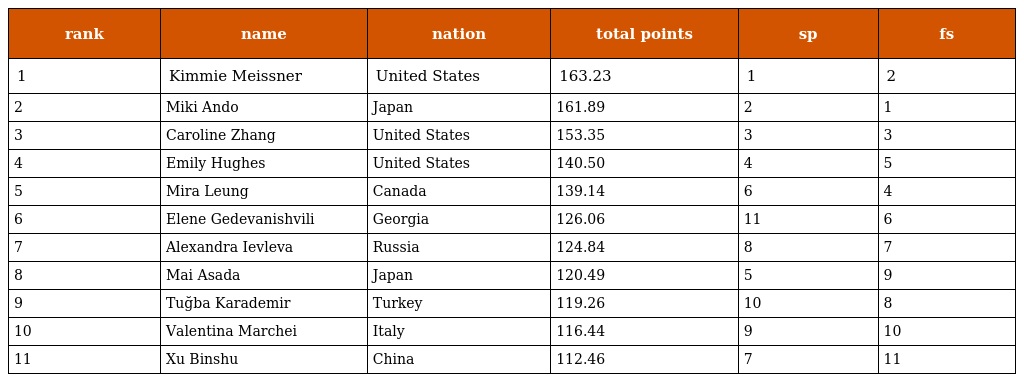
| rank | name | nation | total points | sp | fs |
 | --- | --- | --- | --- | --- | --- |
 | 1 | Kimmie Meissner | United States | 163.23 | 1 | 2 |
 | 2 | Miki Ando | Japan | 161.89 | 2 | 1 |
 | 3 | Caroline Zhang | United States | 153.35 | 3 | 3 |
 | 4 | Emily Hughes | United States | 140.50 | 4 | 5 |
 | 5 | Mira Leung | Canada | 139.14 | 6 | 4 |
 | 6 | Elene Gedevanishvili | Georgia | 126.06 | 11 | 6 |
 | 7 | Alexandra Ievleva | Russia | 124.84 | 8 | 7 |
 | 8 | Mai Asada | Japan | 120.49 | 5 | 9 |
 | 9 | Tuğba Karademir | Turkey | 119.26 | 10 | 8 |
 | 10 | Valentina Marchei | Italy | 116.44 | 9 | 10 |
 | 11 | Xu Binshu | China | 112.46 | 7 | 11 |